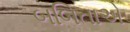
બબિતાએ